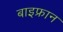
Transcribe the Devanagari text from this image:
बाइफ्रान